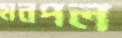
মনপল